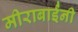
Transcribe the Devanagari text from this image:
मीराबाईंनी